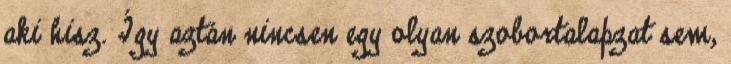
aki hisz. Így aztán nincsen egy olyan szobortalapzat sem,